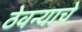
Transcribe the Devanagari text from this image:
ठेवन्याचे